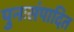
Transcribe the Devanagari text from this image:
पुनःसंपादित